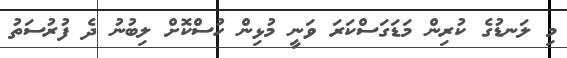
މި ލަނޑުގެ ކުރިން މަޑަގަސްކަރަ ވަނީ މުޅިން ހުސްކޮށް ލިބުނު ދެ ފުރުސަތު